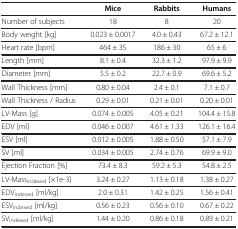
<table><thead><tr><td><b> </b></td><td><b>Mice</b></td><td><b>Rabbits</b></td><td><b>Humans</b></td></tr></thead><tbody><tr><td>Number of subjects</td><td>18</td><td>8</td><td>20</td></tr><tr><td>Body weight [kg]</td><td>0.023 ± 0.0017</td><td>4.0 ± 0.43</td><td>67.2 ± 12.1</td></tr><tr><td>Heart rate [bpm]</td><td>464 ± 35</td><td>186 ± 30</td><td>65 ± 6</td></tr><tr><td>Length [mm]</td><td>8.1 ± 0.4</td><td>32.3 ± 1.2</td><td>97.9 ± 9.9</td></tr><tr><td>Diameter [mm]</td><td>5.5 ± 0.2</td><td>22.7 ± 0.9</td><td>69.6 ± 5.2</td></tr><tr><td>Wall Thickness [mm]</td><td>0.80 ± 0.04</td><td>2.4 ± 0.1</td><td>7.1 ± 0.7</td></tr><tr><td>Wall Thickness / Radius</td><td>0.29 ± 0.01</td><td>0.21 ± 0.01</td><td>0.20 ± 0.01</td></tr><tr><td>LV-Mass [g]</td><td>0.074 ± 0.005</td><td>4.05 ± 0.21</td><td>104.4 ± 15.8</td></tr><tr><td>EDV [ml]</td><td>0.046 ± 0.007</td><td>4.61 ± 1.33</td><td>126.1 ± 16.4</td></tr><tr><td>ESV [ml]</td><td>0.012 ± 0.005</td><td>1.88 ± 0.50</td><td>57.1 ± 7.9</td></tr><tr><td>SV [ml]</td><td>0.034 ± 0.005</td><td>2.74 ± 0.76</td><td>69.9 ± 9.0</td></tr><tr><td>Ejection Fraction [%]</td><td>73.4 ± 8.3</td><td>59.2 ± 5.3</td><td>54.8 ± 2.5</td></tr><tr><td>LV-Mass<sub>indexed</sub> [×1e-3]</td><td>3.24 ± 0.27</td><td>1.13 ± 0.18</td><td>1.38 ± 0.27</td></tr><tr><td>EDV<sub>indexed</sub> [ml/kg]</td><td>2.0 ± 0.31</td><td>1.42 ± 0.25</td><td>1.56 ± 0.41</td></tr><tr><td>ESV<sub>indexed</sub> [ml/kg]</td><td>0.56 ± 0.23</td><td>0.56 ± 0.10</td><td>0.67 ± 0.22</td></tr><tr><td>SV<sub>indexed</sub> [ml/kg]</td><td>1.44 ± 0.20</td><td>0.86 ± 0.18</td><td>0.89 ± 0.21</td></tr></tbody></table>